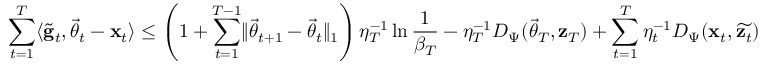
\sum _ { t = 1 } ^ { T } \langle \widetilde { \mathbf g } _ { t } , \vec { \theta } _ { t } - \mathbf x _ { t } \rangle \le \left( 1 + \sum _ { t = 1 } ^ { T - 1 } \lVert \vec { \theta } _ { t + 1 } - \vec { \theta } _ { t } \rVert _ { 1 } \right) \eta _ { T } ^ { - 1 } \ln \frac 1 { \beta _ { T } } - \eta _ { T } ^ { - 1 } D _ { \Psi } ( \vec { \theta } _ { T } , \mathbf z _ { T } ) + \sum _ { t = 1 } ^ { T } \eta _ { t } ^ { - 1 } D _ { \Psi } ( \mathbf x _ { t } , \widetilde { \mathbf z _ { t } } )